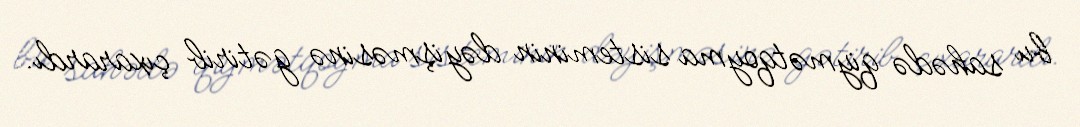
bu sahədə qiymətqoyma sisteminin dəyişməsinə gətirib çıxarardı.